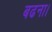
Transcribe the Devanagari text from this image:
बढना।